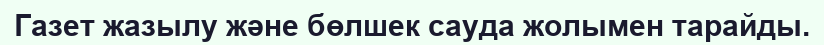
Газет жазылу және бөлшек сауда жолымен тарайды.